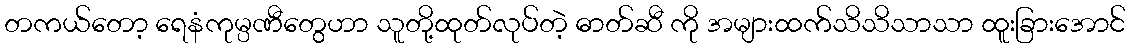
တကယ်တော့ ရေနံကုမ္ပဏီတွေဟာ သူတို့ထုတ်လုပ်တဲ့ ဓာတ်ဆီ ကို အများထက်သိသိသာသာ ထူးခြားအောင်